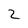
Character: 2